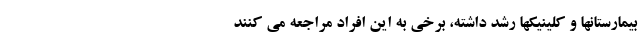
بیمارستانها و کلینیکها رشد داشته، برخی به این افراد مراجعه می کنند